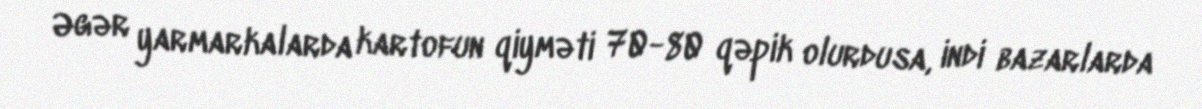
Əgər yarmarkalarda kartofun qiyməti 70-80 qəpik olurdusa, indi bazarlarda